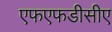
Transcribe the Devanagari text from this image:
एफएफडीसीए